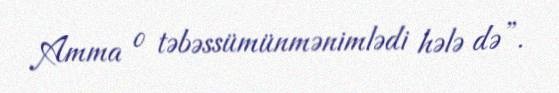
Amma o təbəssümünmənimlədi hələ də”.